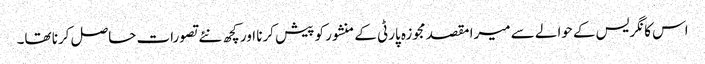
اس کانگریس کے حوالے سے میرا مقصد مجوزہ پارٹی کے منشور کو پیش کرنا اور کچھ نئے تصورات حاصل کرنا تھا۔